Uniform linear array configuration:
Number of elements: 8
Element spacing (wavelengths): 0.5
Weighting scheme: blackman
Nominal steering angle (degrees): -15
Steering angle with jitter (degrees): -13.128
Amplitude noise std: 0.05
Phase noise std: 0.05

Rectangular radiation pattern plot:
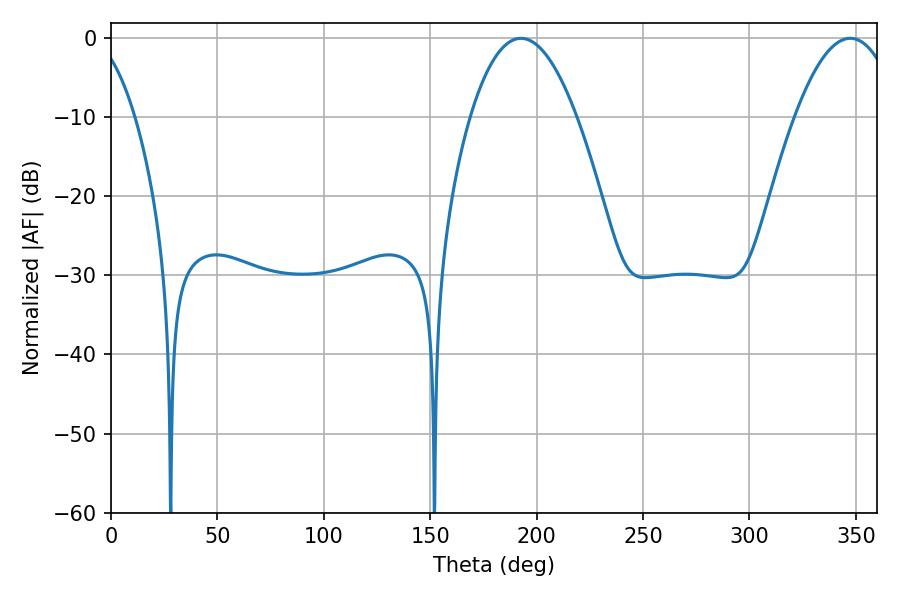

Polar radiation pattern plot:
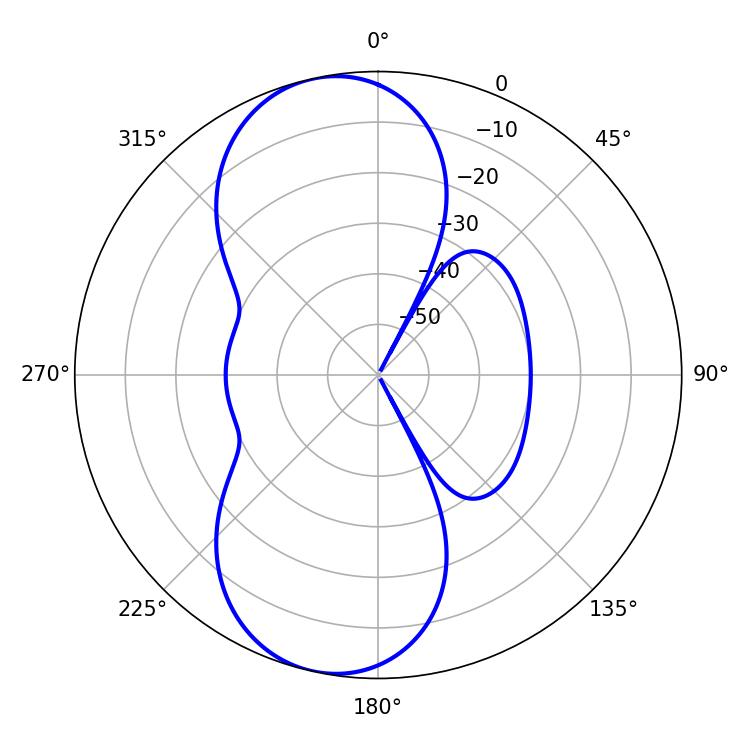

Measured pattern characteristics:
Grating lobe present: FALSE
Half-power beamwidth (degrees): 27.54
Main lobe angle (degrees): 192.6